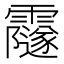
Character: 𩆰